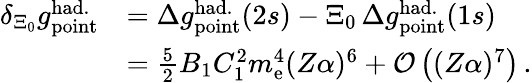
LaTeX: \begin{array}{rl}{\delta_{\Xi_{0}}g_{\mathrm{point}}^{\mathrm{had.}}}&{=\Delta{g}_{\mathrm{point}}^{\mathrm{had.}}(2s)-\Xi_{0}\, \Delta{g}_{\mathrm{point}}^{\mathrm{had.}}(1s)}\\ &{=\frac{5}{2}B_{1}C_{1}^{2}m_{\mathrm{e}}^{4}(Z\alpha)^{6}+\mathcal{O}\left((Z\alpha)^{7}\right)\, .}\end{array}